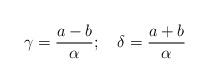
LaTeX: \begin{align*}\gamma=\frac{a-b}{\alpha}; \quad\delta=\frac{a+b}{\alpha}\end{align*}